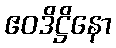
ဧဝဒိဋ္ဌိနော